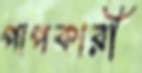
পাপকারী